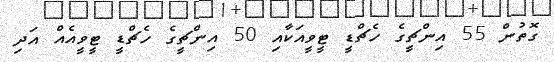
ގޮތުން 55 އިންޗީގެ ހެޗްޑީ ޓީވީއަކާއި 50 އިންޗީގެ ހެޗްޑީ ޓީވީއެއް އަދި